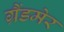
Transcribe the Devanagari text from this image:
ग्रैंडमेर